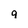
Character: 9